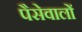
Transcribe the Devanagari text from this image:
पैसेवालों